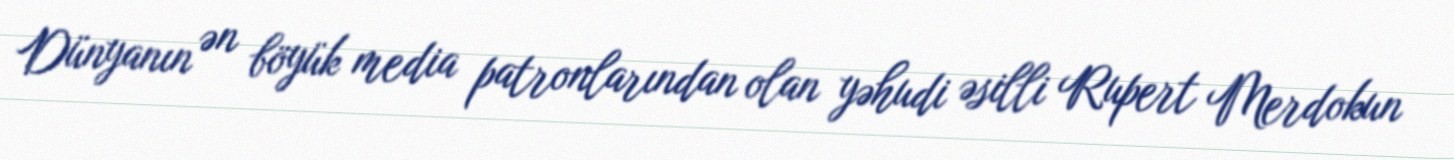
Dünyanın ən böyük media patronlarından olan yəhudi əsilli Rupert Merdokun